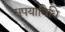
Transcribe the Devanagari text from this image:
सपयाविधि